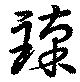
臻